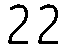
22